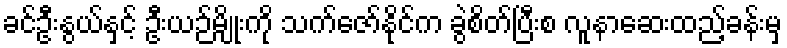
ခင်ဦးနွယ်နှင့် ဦးယဉ်မျိုးကို သက်ဇော်နိုင်က ခွဲစိတ်ပြီးစ လူနာဆေးထည့်ခန်းမှ